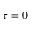
\tau = 0